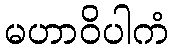
မဟာဝိပါကံ